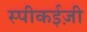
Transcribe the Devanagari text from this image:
स्पीकईज़ी